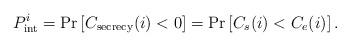
LaTeX: \begin{align*}P_{{\mathop{\textrm{int}}} }^i = \Pr \left[ {C_{{\textrm{secrecy}}} (i) < 0} \right] = \Pr \left[ {C_s (i) < C_e (i)} \right].\end{align*}